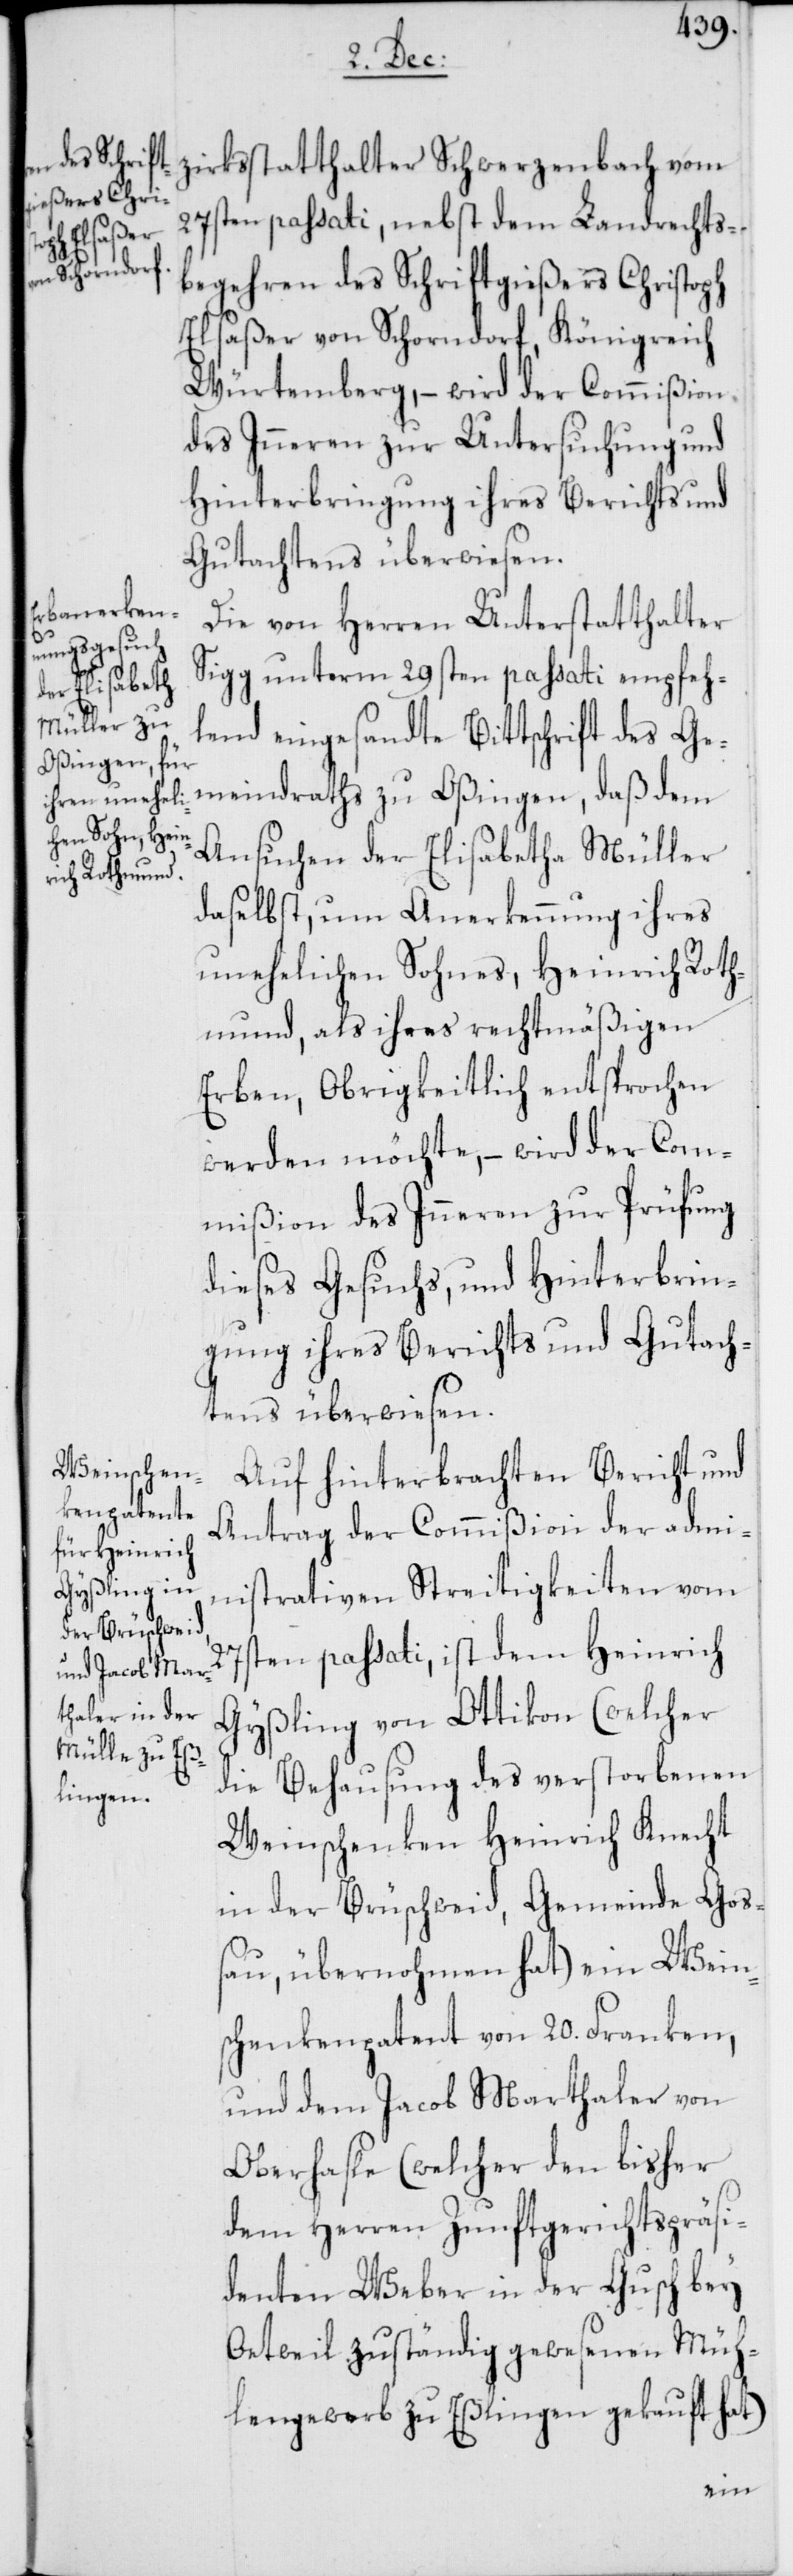
27s¬
27sten passati, nebst dem Landrechts¬
begehren des Schriftgießers Christoph
Elsaßer von Schorndorf, Königreich
Würtemberg, – wird der Commißion
des Inneren zur Untersuchung und
Hinterbringung ihres Berichts und
Gutachtens überwiesen.
Die von Herren Unterstatthalter
Sigg unterm 29sten passati empfeh¬
lend eingesandte Bittschrift des Ge¬
meindraths zu Oßingen, daß dem
Ansuchen der Elisabetha Müller
daselbst, um Anerkennung ihres
unehelichen Sohnes, Heinrich Roth¬
mund, als ihres rechtmäßigen
Erben, Obrigkeitlich entsprochen
werden möchte, – wird der Com¬
mißion des Inneren zur Prüfung
dieses Gesuchs, und Hinterbrin¬
gung ihres Berichts und Gutach¬
tens überwiesen.
Auf hinterbrachten Bericht und
Antrag der Commißion der adm¬
inistrativen Streitigkeiten vom
ten passati, ist dem Heinrich
Gyßling von Ottikon (welcher
die Behausung des verstorbenen
Weinschenken Heinrich Knecht
in der Brüschweid, Gemeinde Go¬
ßau, übernohmen hat) ein Wein¬
schenkenpatent von 20. Franken,
und dem Jacob Marthaler von
Oberhasle (welcher den bisher
dem Herren Zunftgerichtspräsi¬
denten Weber in der Gusch bey
Oetweil zuständig gewesenen Müh¬
lengewerb zu Eßlingen gekauft hat)